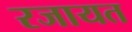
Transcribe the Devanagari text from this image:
रजायत